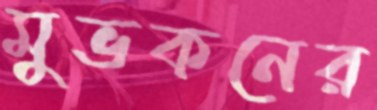
মুভকনের